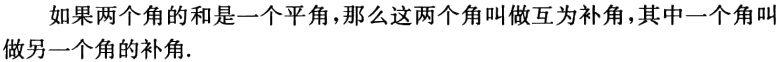
如果两个角的和是一个平角，那么这两个角叫做互为补角，其中一个角叫做另一个角的补角.